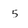
Character: 5